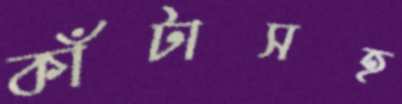
কাঁটাসহ